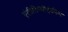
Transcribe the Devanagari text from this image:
एंटीडिप्सोट्रोपिक